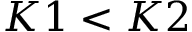
K 1 < K 2